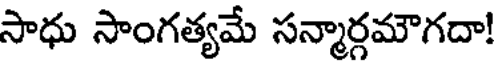
సాధు సాంగత్యమే సన్మార్గమౌగదా!